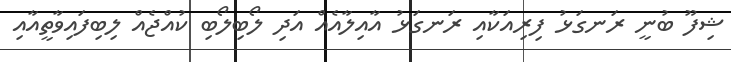
ޝިފޫ ބުނީ ރަނގަޅު ފިރިއަކާއި ރަނގަޅު އާއިލާއެއް އަދި ލޯބިލޯބި ކުއްޖެއް ލިބިފައިވާތީއާއި